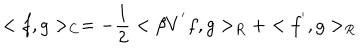
< f , g > _ { C } = - \frac { 1 } { 2 } < \beta V ^ { ' } f , g > _ { R } + < f ^ { ' } , g > _ { R }